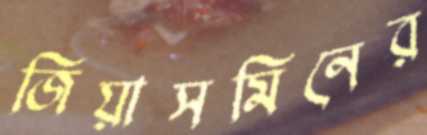
জিয়াসমিনের